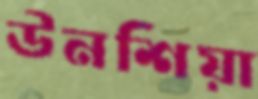
উনশিয়া